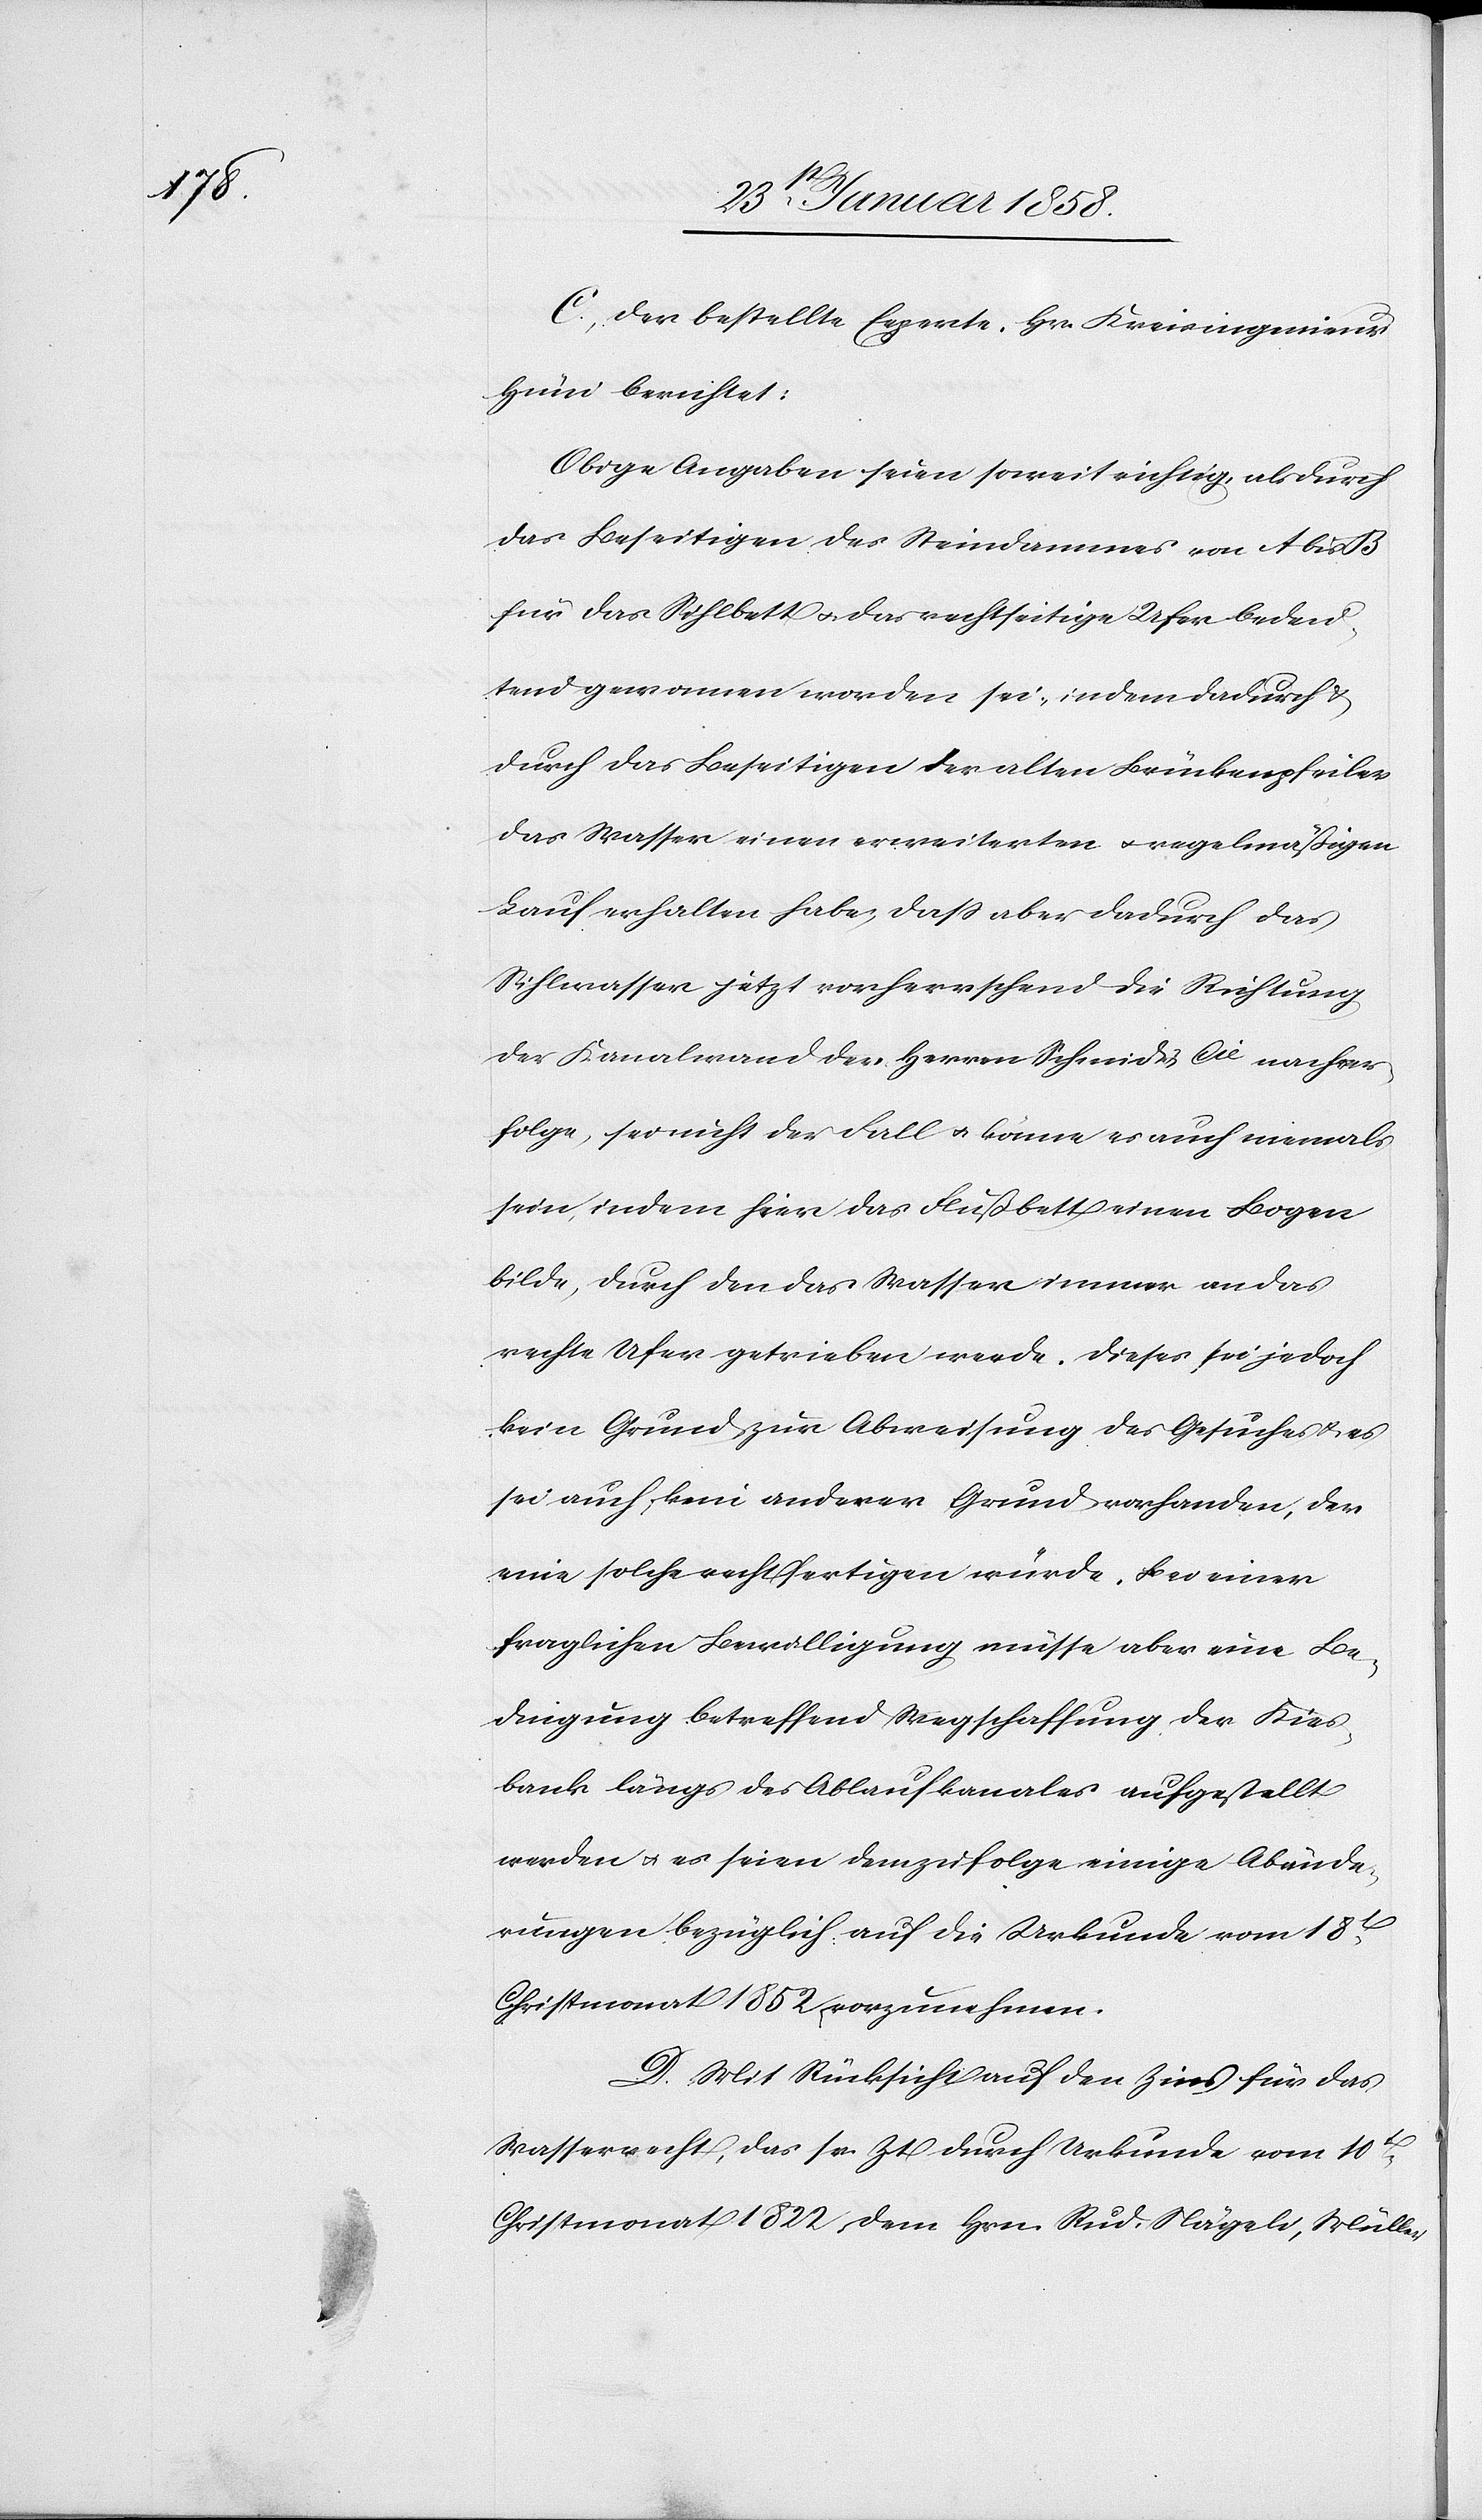
C. Der bestellte Experte, Hr. Kreisingenieur
Hüni berichtet:
Obige Angaben seien soweit richtig, als durch
das Beseitigen des Steindammes von A bis B
für das Sihlbett u. das rechtseitige Ufer bedeu¬
tend gewonnen worden sei, indem dadurch &
durch das Beseitigen der alten Brückenpfeiler
das Wasser einen erweiterten u. regelmäßigen
Lauf erhalten habe, daß aber dadurch das
Sihlwasser jetzt vorherrschend die Richtung
der Kanalwand der Herren Schmid & Cie nachver¬
folge, sei nicht der Fall u. könne es auch niemals
sein, indem hier das Flußbett einen Bogen
bilde, durch den das Wasser immer an das
rechte Ufer getrieben werde. Dieses sei jedoch
kein Grund zur Abweisung des Gesuches u. es
sei auch kein anderer Grund vorhanden, der
eine solche rechtfertigen würde. Bei einer
fraglichen Bewilligung müsse aber eine Be¬
dingung betreffend Wegschaffung der Kies¬
bank längs des Ablaufkanales aufgestellt
werden u. es seien demzufolge einige Abände¬
rungen bezüglich auf die Urkunde vom 18t
Christmonat 1852 vorzunehmen.
D. Mit Rücksicht auf den Zins für das
Wasserrecht, das sr. Zt durch Urkunde vom 10t
Christmonat 1822 dem Hrn. Rud. Nägeli, Müller